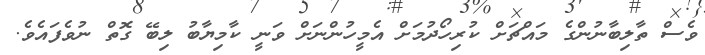
ވެސް ތާލިބާނުންގެ މައްޗަށް ކުރިހޯދުމަށް އެމީހުންނަށް ވަނީ ކާމިޔާބު ލިބޭ ގޮތް ނުވެފައެވެ.